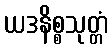
ယဒနိစ္စသုတ္တံ